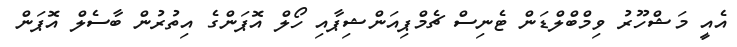
އެއީ މަޝްހޫރު ވިމްބްލްޑަން ޓެނިސް ޗެމްޕިއަންޝިޕާއި ހޯލް އޮޕަންގެ އިތުރުން ބާސެލް އޮޕަން